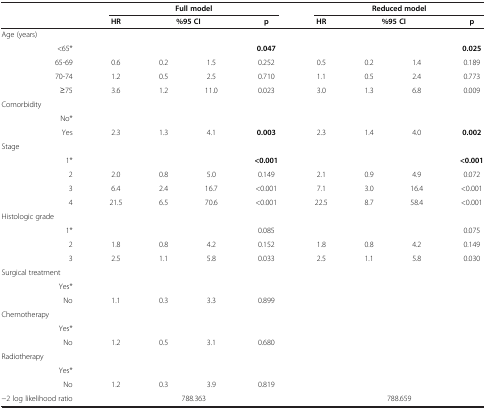
<table><thead><tr><td><b> </b></td><td colspan="4"><b>Full model</b></td><td colspan="4"><b>Reduced model</b></td></tr><tr><td><b> </b></td><td><b>HR</b></td><td colspan="2"><b>%95 CI</b></td><td><b>p</b></td><td><b>HR</b></td><td colspan="2"><b>%95 CI</b></td><td><b>p</b></td></tr></thead><tbody><tr><td>Age (years)</td><td> </td><td> </td><td> </td><td> </td><td> </td><td> </td><td> </td><td> </td></tr><tr><td>&lt;65*</td><td> </td><td> </td><td> </td><td><b>0.047</b></td><td> </td><td> </td><td> </td><td><b>0.025</b></td></tr><tr><td>65-69</td><td>0.6</td><td>0.2</td><td>1.5</td><td>0.252</td><td>0.5</td><td>0.2</td><td>1.4</td><td>0.189</td></tr><tr><td>70-74</td><td>1.2</td><td>0.5</td><td>2.5</td><td>0.710</td><td>1.1</td><td>0.5</td><td>2.4</td><td>0.773</td></tr><tr><td>≥75</td><td>3.6</td><td>1.2</td><td>11.0</td><td>0.023</td><td>3.0</td><td>1.3</td><td>6.8</td><td>0.009</td></tr><tr><td>Comorbidity</td><td> </td><td> </td><td> </td><td> </td><td> </td><td> </td><td> </td><td> </td></tr><tr><td>No*</td><td> </td><td> </td><td> </td><td> </td><td> </td><td> </td><td> </td><td> </td></tr><tr><td>Yes</td><td>2.3</td><td>1.3</td><td>4.1</td><td><b>0.003</b></td><td>2.3</td><td>1.4</td><td>4.0</td><td><b>0.002</b></td></tr><tr><td>Stage</td><td> </td><td> </td><td> </td><td> </td><td> </td><td> </td><td> </td><td> </td></tr><tr><td>1*</td><td> </td><td> </td><td> </td><td><b>&lt;0.001</b></td><td> </td><td> </td><td> </td><td><b>&lt;0.001</b></td></tr><tr><td>2</td><td>2.0</td><td>0.8</td><td>5.0</td><td>0.149</td><td>2.1</td><td>0.9</td><td>4.9</td><td>0.072</td></tr><tr><td>3</td><td>6.4</td><td>2.4</td><td>16.7</td><td>&lt;0.001</td><td>7.1</td><td>3.0</td><td>16.4</td><td>&lt;0.001</td></tr><tr><td>4</td><td>21.5</td><td>6.5</td><td>70.6</td><td>&lt;0.001</td><td>22.5</td><td>8.7</td><td>58.4</td><td>&lt;0.001</td></tr><tr><td>Histologic grade</td><td> </td><td> </td><td> </td><td> </td><td> </td><td> </td><td> </td><td> </td></tr><tr><td>1*</td><td> </td><td> </td><td> </td><td>0.085</td><td> </td><td> </td><td> </td><td>0.075</td></tr><tr><td>2</td><td>1.8</td><td>0.8</td><td>4.2</td><td>0.152</td><td>1.8</td><td>0.8</td><td>4.2</td><td>0.149</td></tr><tr><td>3</td><td>2.5</td><td>1.1</td><td>5.8</td><td>0.033</td><td>2.5</td><td>1.1</td><td>5.8</td><td>0.030</td></tr><tr><td>Surgical treatment</td><td> </td><td> </td><td> </td><td> </td><td> </td><td> </td><td> </td><td> </td></tr><tr><td>Yes*</td><td> </td><td> </td><td> </td><td> </td><td> </td><td> </td><td> </td><td> </td></tr><tr><td>No</td><td>1.1</td><td>0.3</td><td>3.3</td><td>0.899</td><td> </td><td> </td><td> </td><td> </td></tr><tr><td>Chemotherapy</td><td> </td><td> </td><td> </td><td> </td><td> </td><td> </td><td> </td><td> </td></tr><tr><td>Yes*</td><td> </td><td> </td><td> </td><td> </td><td> </td><td> </td><td> </td><td> </td></tr><tr><td>No</td><td>1.2</td><td>0.5</td><td>3.1</td><td>0.680</td><td> </td><td> </td><td> </td><td> </td></tr><tr><td>Radiotherapy</td><td> </td><td> </td><td> </td><td> </td><td> </td><td> </td><td> </td><td> </td></tr><tr><td>Yes*</td><td> </td><td> </td><td> </td><td> </td><td> </td><td> </td><td> </td><td> </td></tr><tr><td>No</td><td>1.2</td><td>0.3</td><td>3.9</td><td>0.819</td><td> </td><td> </td><td> </td><td> </td></tr><tr><td>−2 log likelihood ratio</td><td colspan="4">788.363</td><td colspan="4">788.659</td></tr></tbody></table>